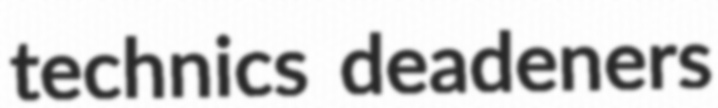
technics deadeners